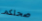
صحتكم